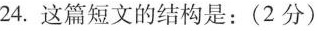
24.这篇短文的结构是：（2分）